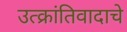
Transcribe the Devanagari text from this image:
उत्क्रांतिवादाचे